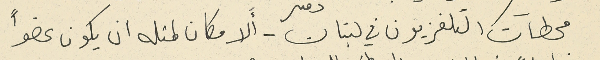
محطآت التلفزيون في لبنان - أَلا مكان لمثله ان يكون عضواً